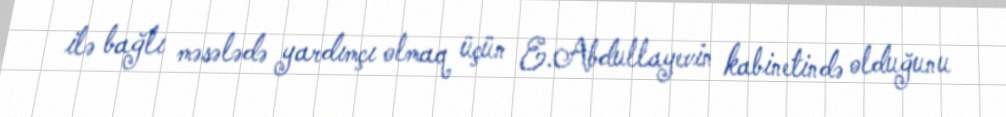
ilə bağlı məsələdə yardımçı olmaq üçün E.Abdullayevin kabinetində olduğunu